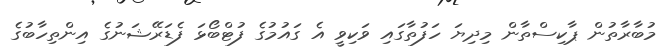
މުބާރާތުން ޕާކިސްތާން މިދިޔަ ހަފުތާގައި ވަކިވީ އެ ގައުމުގެ ފުޓްބޯޅަ ފެޑަރޭޝަނުގެ އިންތިހާބުގެ